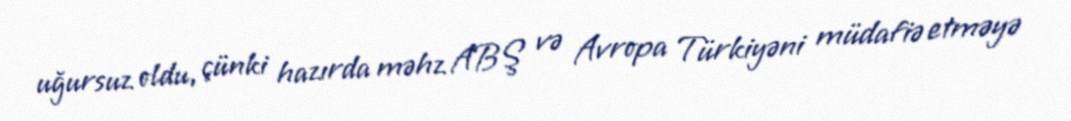
uğursuz oldu, çünki hazırda məhz ABŞ və Avropa Türkiyəni müdafiə etməyə